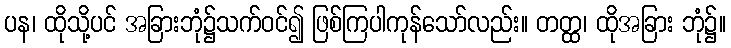
ပန၊ ထိုသို့ပင် အခြားဘုံ၌သက်ဝင်၍ ဖြစ်ကြပါကုန်သော်လည်း။ တတ္ထ၊ ထိုအခြား ဘုံ၌။